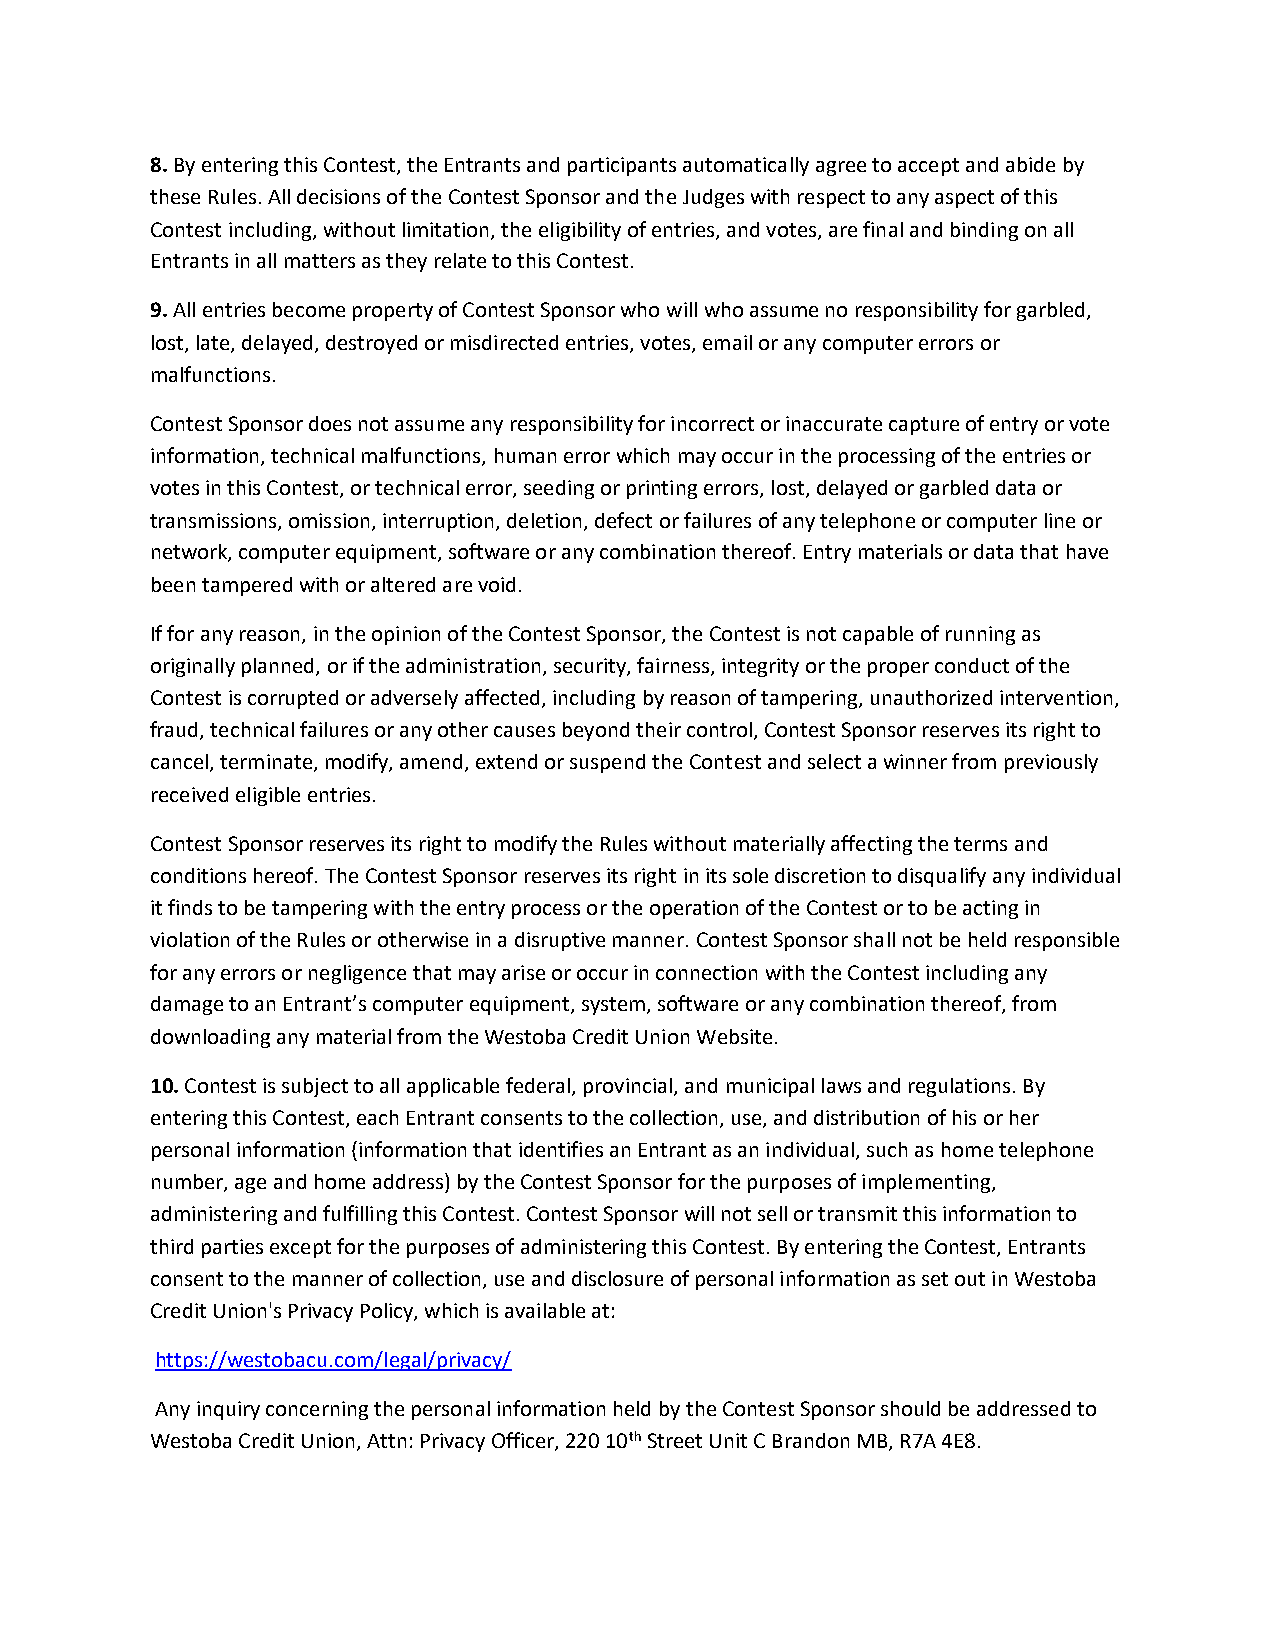
8. By entering this Contest, the Entrants and participants automatically agree to accept and abide by
 these Rules. All decisions of the Contest Sponsor and the Judges with respect to any aspect of this
 Contest including, without limitation, the eligibility of entries, and votes, are final and binding on all
 Entrants in all matters as they relate to this Contest.
 9. All entries become property of Contest Sponsor who will who assume no responsibility for garbled,
 lost, late, delayed, destroyed or misdirected entries, votes, email or any computer errors or
 malfunctions.
 Contest Sponsor does not assume any responsibility for incorrect or inaccurate capture of entry or vote
 information, technical malfunctions, human error which may occur in the processing of the entries or
 votes in this Contest, or technical error, seeding or printing errors, lost, delayed or garbled data or
 transmissions, omission, interruption, deletion, defect or failures of any telephone or computer line or
 network, computer equipment, software or any combination thereof. Entry materials or data that have
 been tampered with or altered are void.
 If for any reason, in the opinion of the Contest Sponsor, the Contest is not capable of running as
 originally planned, or if the administration, security, fairness, integrity or the proper conduct of the
 Contest is corrupted or adversely affected, including by reason of tampering, unauthorized intervention,
 fraud, technical failures or any other causes beyond their control, Contest Sponsor reserves its right to
 cancel, terminate, modify, amend, extend or suspend the Contest and select a winner from previously
 received eligible entries.
 Contest Sponsor reserves its right to modify the Rules without materially affecting the terms and
 conditions hereof. The Contest Sponsor reserves its right in its sole discretion to disqualify any individual
 it finds to be tampering with the entry process or the operation of the Contest or to be acting in
 violation of the Rules or otherwise in a disruptive manner. Contest Sponsor shall not be held responsible
 for any errors or negligence that may arise or occur in connection with the Contest including any
 damage to an Entrant’s computer equipment, system, software or any combination thereof, from
 downloading any material from the Westoba Credit Union Website.
 10. Contest is subject to all applicable federal, provincial, and municipal laws and regulations. By
 entering this Contest, each Entrant consents to the collection, use, and distribution of his or her
 personal information (information that identifies an Entrant as an individual, such as home telephone
 number, age and home address) by the Contest Sponsor for the purposes of implementing,
 administering and fulfilling this Contest. Contest Sponsor will not sell or transmit this information to
 third parties except for the purposes of administering this Contest. By entering the Contest, Entrants
 consent to the manner of collection, use and disclosure of personal information as set out in Westoba
 Credit Union's Privacy Policy, which is available at:
 https://westobacu.com/legal/privacy/
 Any inquiry concerning the personal information held by the Contest Sponsor should be addressed to
 Westoba Credit Union, Attn: Privacy Officer, 220 10th Street Unit C Brandon MB, R7A 4E8.